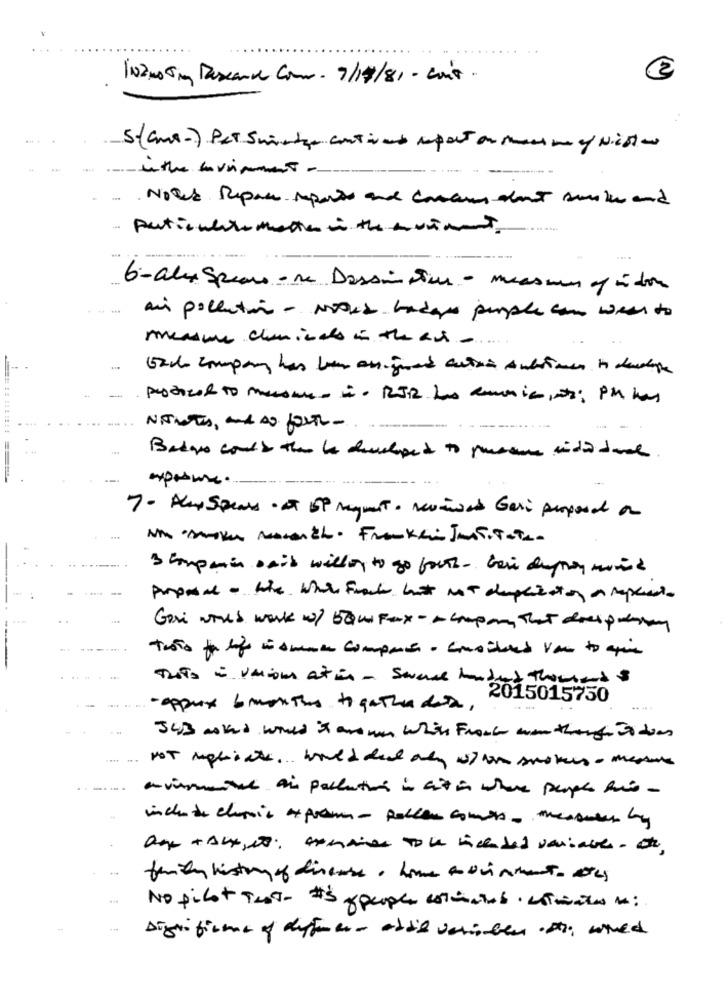
10200 5mg Descanse Com- 7/17/81 - cons .
2
5(ams) Per Suinter continent apart on mean o Nicht
Notes Repas reports and cosans dont suke and
Particulate mette in the musicment
6-alex Spears -me Dessinsun - mesmo of à don
air pollution - NOUS haders purple con weer to
measure chemicals in thean-
NIGHTS, and SO forth-
Badge would then be developed to procure vida doct
7. Alay Spears · a OP Mayment. reviewed Gari proposal an
Nh Mike mcich . Franklin Invitato-
& compain ball willey to go forth- bei deray mond
Gori world work w/ 5Qui Fax - - company, that doespenny
Tasto for life in smoke compare - considered van to apie
TheTs = VAions Atin - Scale honderd Thousand $
2015015750
- oppure 6 months to gather det,
JCB asked would it are wan white Froch wan though in die
.... ...
...
-- -
avisarte air pollution in cit in where people his -
include chupois express - Rollen comes- measures by
age + Alt, so: exmaier To le hiceaded variable- ot,
family history of disease. home avviamento Des
No pilot Test- #S people estimates. estimates :
Digni ficam of defree- obdie variable is; wired